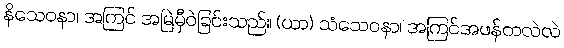
နိသေဝနာ၊ အကြင် အမြဲမှီဝဲခြင်းသည်။ (ယာ) သံသေဝနာ၊ အကြင်အဖန်တလဲလဲ